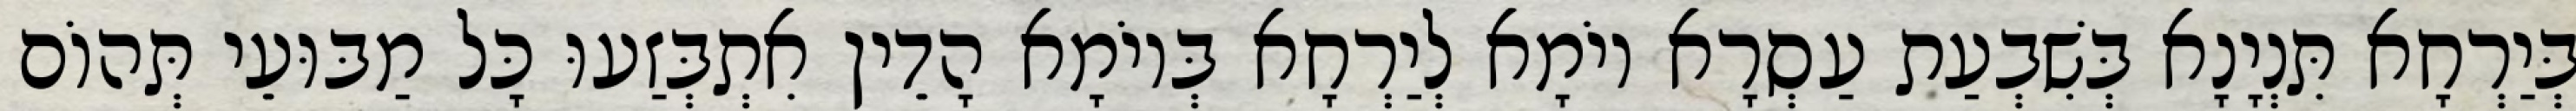
בְּיַרְחָא תִּנְיָנָא בְּשִׁבְעַת עַסְרָא יוֹמָא לְיַרְחָא בְּיוֹמָא הָדֵין אִתְבְּזַעוּ כָּל מַבּוּעֵי תְּהוֹם